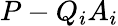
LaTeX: P-Q_{i}A_{i}